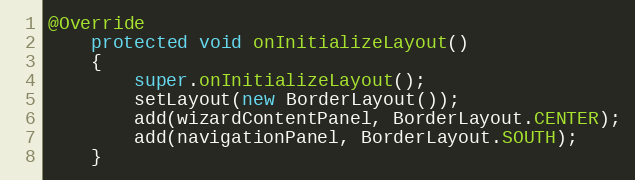
Language: Java
@Override
	protected void onInitializeLayout()
	{
		super.onInitializeLayout();
		setLayout(new BorderLayout());
		add(wizardContentPanel, BorderLayout.CENTER);
		add(navigationPanel, BorderLayout.SOUTH);
	}